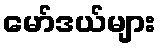
မော်ဒယ်များ